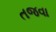
તજવા